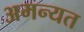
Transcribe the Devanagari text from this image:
अमन्यत